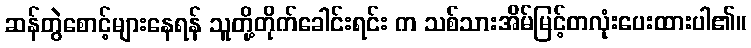
ဆန်တွဲစောင့်များနေရန် သူတို့တိုက်ခေါင်းရင်း က သစ်သားအိမ်မြင့်တလုံးပေးထားပါ၏။